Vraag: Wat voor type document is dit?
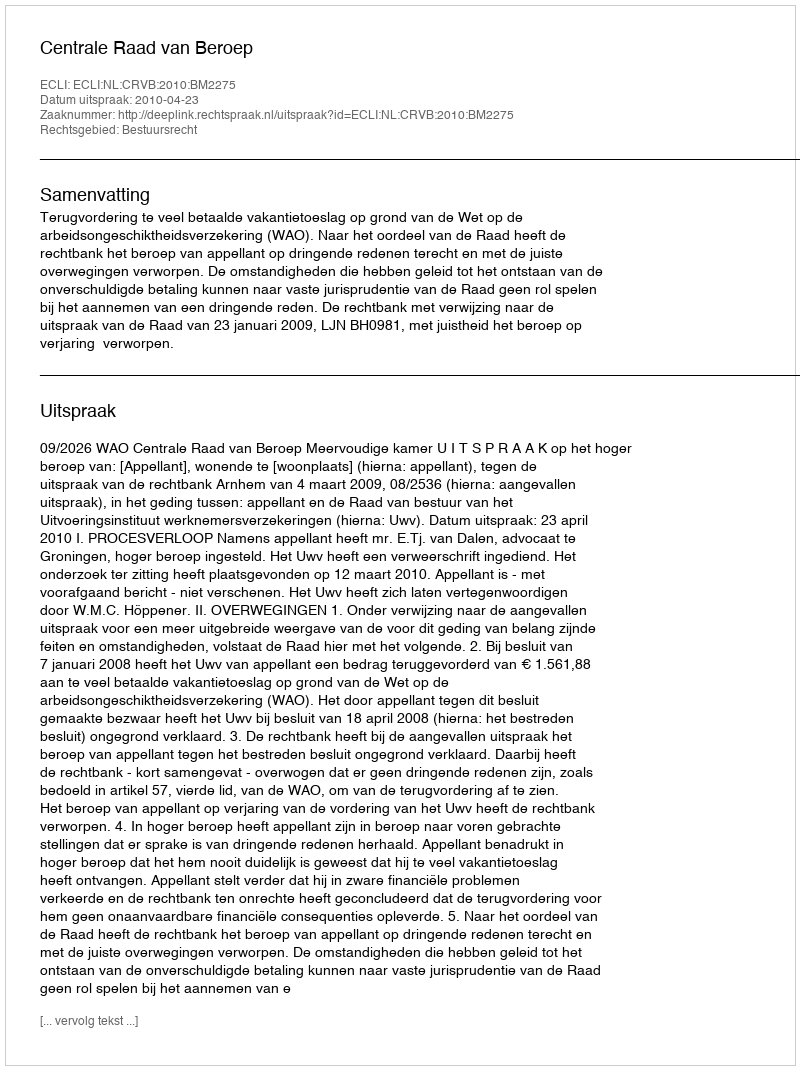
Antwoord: Uitspraak